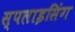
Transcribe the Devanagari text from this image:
स्पलाइसिंग